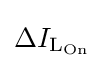
\Delta I_{{\text{L}}_{\text{On}}}